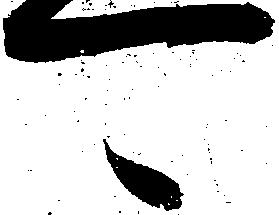
可